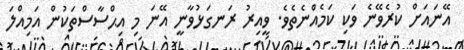
އޭނައަށް ކުރެވޭނެ ވަކި ކަމެއްނެތެވެ. ވީއިރު ރަނގަޅުވާނީ އޭނަ މި އިޙްސާސްތަކުން އަމިއްލަ